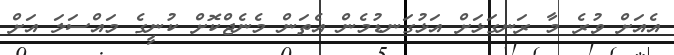
އެއަށް ވުރެ މާ ރަނގަޅަށް އަޅުގަނޑުމެން އެތަން މެނެޖްކޮށް ކުނީގެ މައްސަލަ އަށް